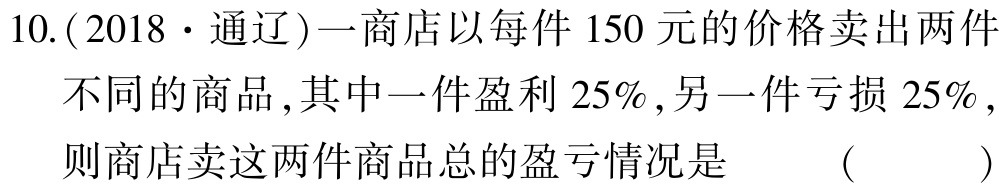
10.(2018·通辽)一商店以每件150元的价格卖出两件不同的商品,其中一件盈利25%,另一件亏损25%,则商店卖这两件商品总的盈亏情况是 （ ）